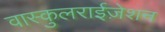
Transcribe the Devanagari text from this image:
वास्कुलराईज़ेशन